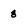
Character: 8